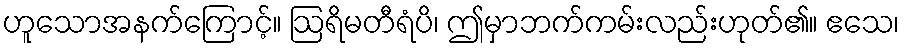
ဟူသောအနက်ကြောင့်။ ဩရိမတီရံပိ၊ ဤမှာဘက်ကမ်းလည်းဟုတ်၏။ ဧသေ၊